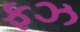
ફઝ